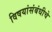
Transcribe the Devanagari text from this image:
विषयांसंबंधीचे